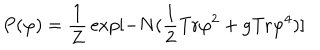
P ( \varphi ) = { \frac { 1 } { Z } } \exp [ - N ( { \frac { 1 } { 2 } } \mathrm { T r } \varphi ^ { 2 } + { g } \mathrm { T r } \varphi ^ { 4 } ) ]